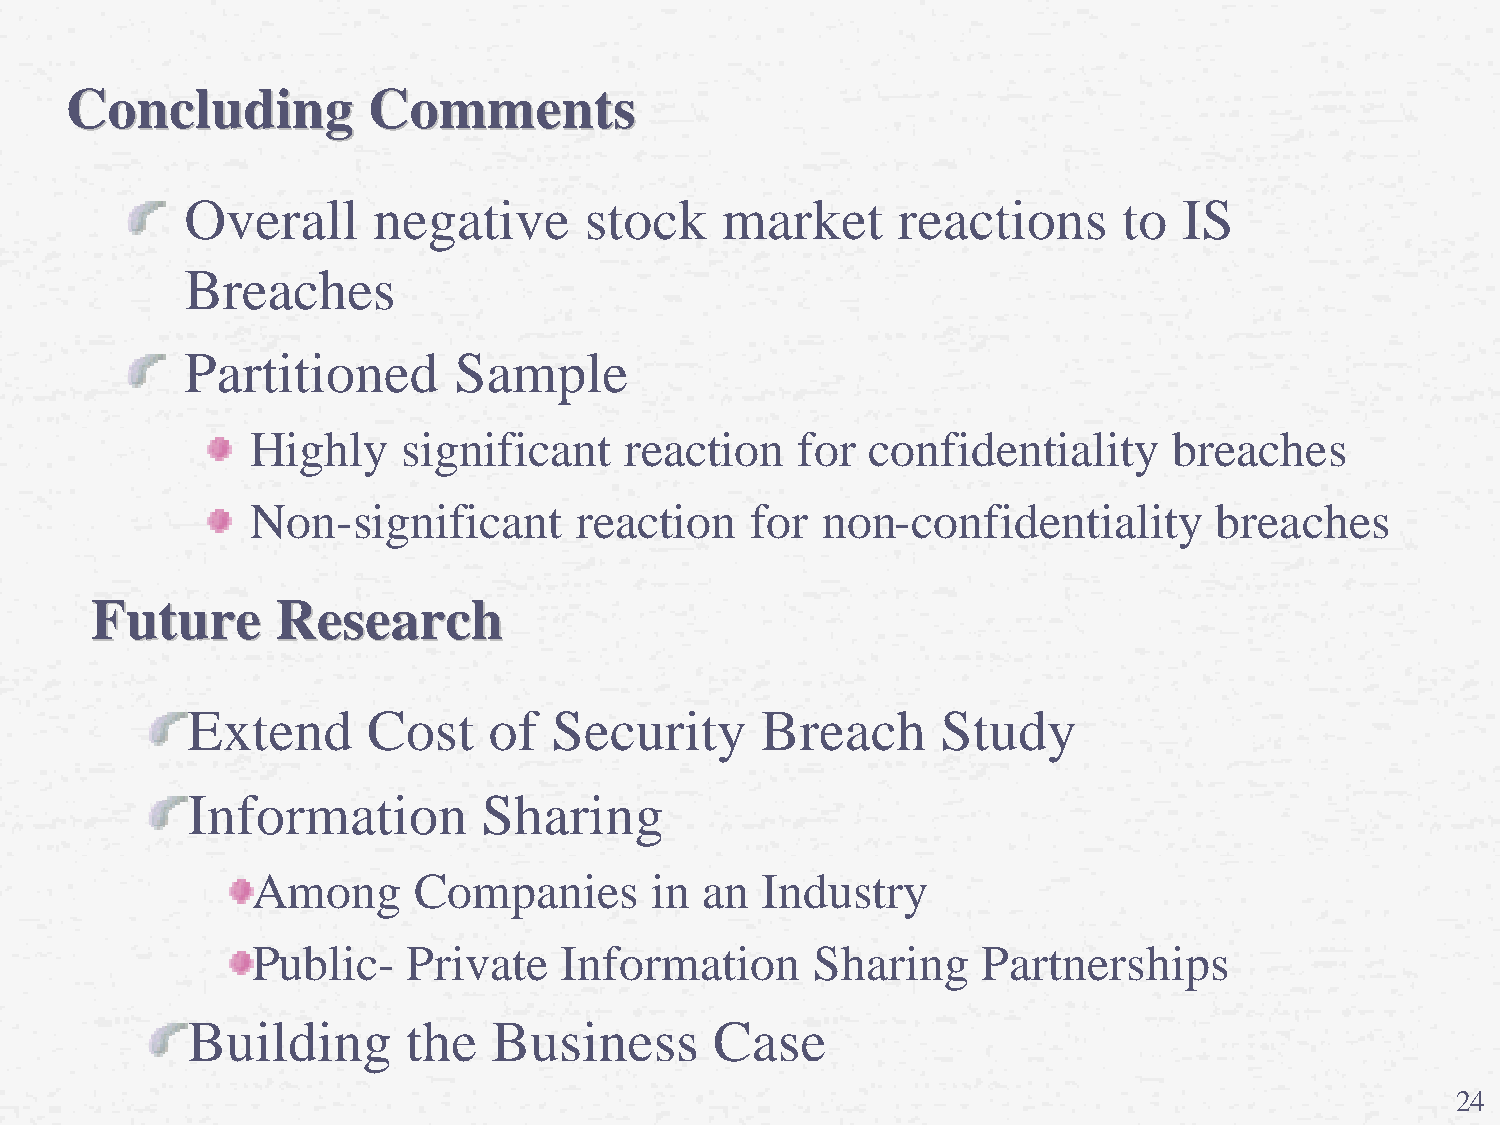
CCoonncclluuddiinngg CCoommmmeennttss
 Overall      negative      stock    market     reactions      to  IS
 Breaches
 Partitioned       Sample
 Highly    significant   reaction    for  confidentiality     breaches
 Non-significant      reaction    for non-confidentiality       breaches
 FFuuttuurree RReesseeaarrcchh
 Extend      Cost    of  Security      Breach      Study
 Information         Sharing
 Among     Companies       in an  Industry
 Public-   Private   Information      Sharing    Partnerships
 Building       the   Business      Case
 24